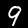
Label: 9